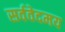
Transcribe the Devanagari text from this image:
सर्ववेदमय